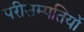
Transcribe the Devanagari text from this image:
परीसम्पतियों